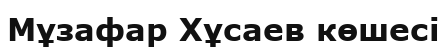
Мұзафар Хұсаев көшесі